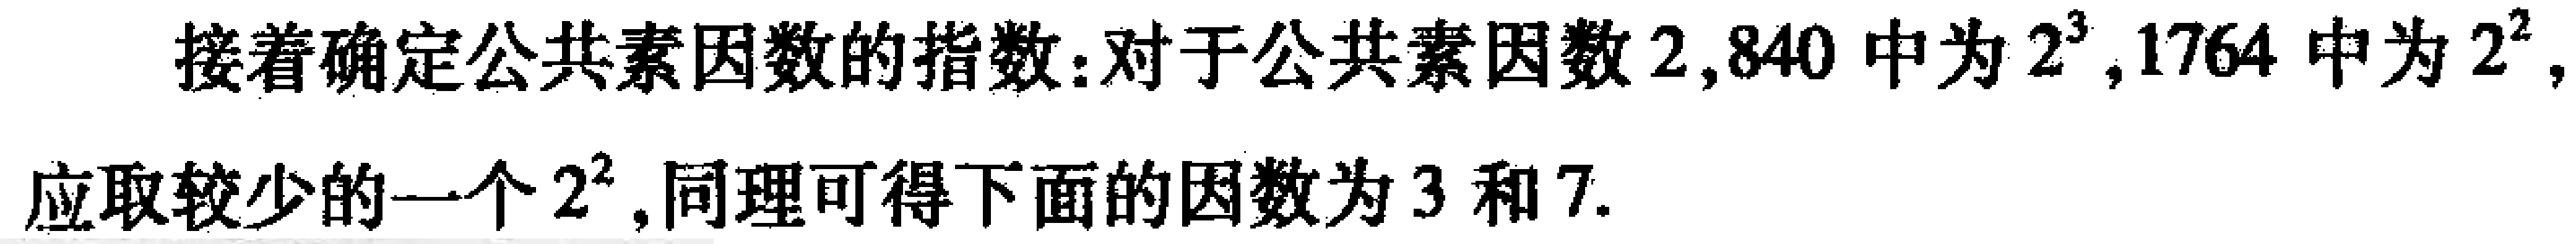
接着确定公共素因数的指数：对于公共素因数$2$,$840$中为$2^{3}$,$1764$中为$2^{2}$,应取较少的一个$2^{2}$,同理可得下面的因数为$3$和$7$.